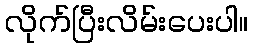
လိုက်ပြီးလိမ်းပေးပါ။